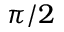
\pi / 2